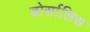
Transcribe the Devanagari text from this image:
डोर्सालिस